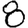
Digit: 8